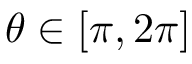
\theta \in [ \pi , 2 \pi ]